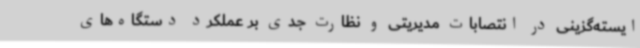
ایسته‌گزینی در انتصابات مدیریتی و نظارت جدی بر عملکرد دستگاه‌های